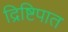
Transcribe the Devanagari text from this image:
द्रिष्टिपात